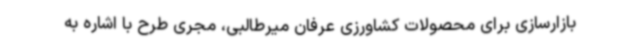
بازارسازی برای محصولات کشاورزی عرفان میرطالبی، مجری طرح با اشاره به